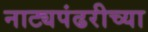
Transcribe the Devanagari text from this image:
नाट्यपंढरीच्या